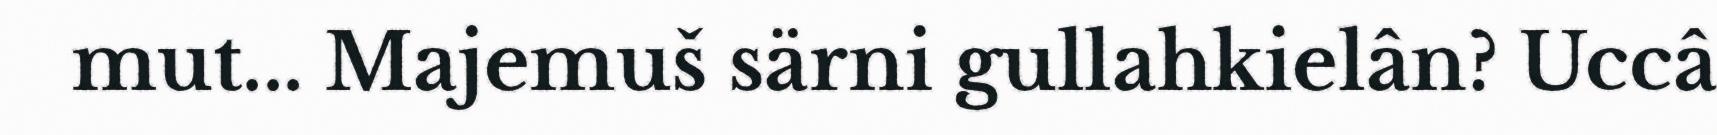
mut... Majemuš särni gullahkielân? Uccâ